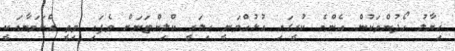
ޚިޔާލު ހޯދުންތަކުން އެންމެ ކުރީގައި އުޅުއްވަނީ ހިލަރީ ކްލިންޓަނަށް ވެފައި ވިތީ އެކަމަނާއަކީ